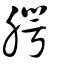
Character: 腭